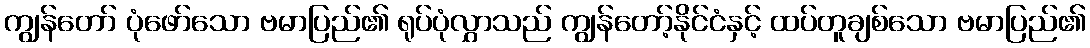
ကျွန်တော် ပုံဖော်သော ဗမာပြည်၏ ရုပ်ပုံလွှာသည် ကျွန်တော့်နိုင်ငံနှင့် ထပ်တူချစ်သော ဗမာပြည်၏